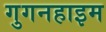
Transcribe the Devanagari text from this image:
गुगनहाइम